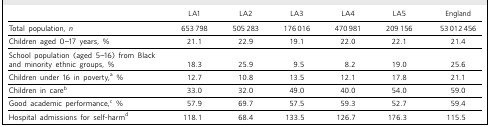
<table><thead><tr><td></td><td><b>LA1</b></td><td><b>LA2</b></td><td><b>LA3</b></td><td><b>LA4</b></td><td><b>LA5</b></td><td><b>England</b></td></tr></thead><tbody><tr><td>Total population, <i>n</i></td><td>653 798</td><td>505 283</td><td>176 016</td><td>470 981</td><td>209 156</td><td>53 012 456</td></tr><tr><td>Children aged 0–17 years, %</td><td>21.1</td><td>22.9</td><td>19.1</td><td>22.0</td><td>22.1</td><td>21.4</td></tr><tr><td>School population (aged 5–16) from Blackand minority ethnic groups, %</td><td>18.3</td><td>25.9</td><td>9.5</td><td>8.2</td><td>19.0</td><td>25.6</td></tr><tr><td>Children under 16 in poverty,<sup>a</sup> %</td><td>12.7</td><td>10.8</td><td>13.5</td><td>12.1</td><td>17.8</td><td>21.1</td></tr><tr><td>Children in care<sup>b</sup></td><td>33.0</td><td>32.0</td><td>49.0</td><td>40.0</td><td>54.0</td><td>59.0</td></tr><tr><td>Good academic performance,<sup>c</sup> %</td><td>57.9</td><td>69.7</td><td>57.5</td><td>59.3</td><td>52.7</td><td>59.4</td></tr><tr><td>Hospital admissions for self-harm<sup>d</sup></td><td>118.1</td><td>68.4</td><td>133.5</td><td>126.7</td><td>176.3</td><td>115.5</td></tr></tbody></table>